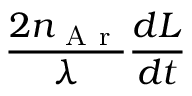
\frac { 2 n _ { \mathrm { ~ A ~ r ~ } } } { \lambda } \frac { d L } { d t }